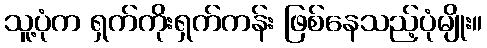
သူ့ပုံက ရှက်ကိုးရှက်ကန်း ဖြစ်နေသည့်ပုံမျိုး။